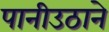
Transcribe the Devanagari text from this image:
पानीउठाने